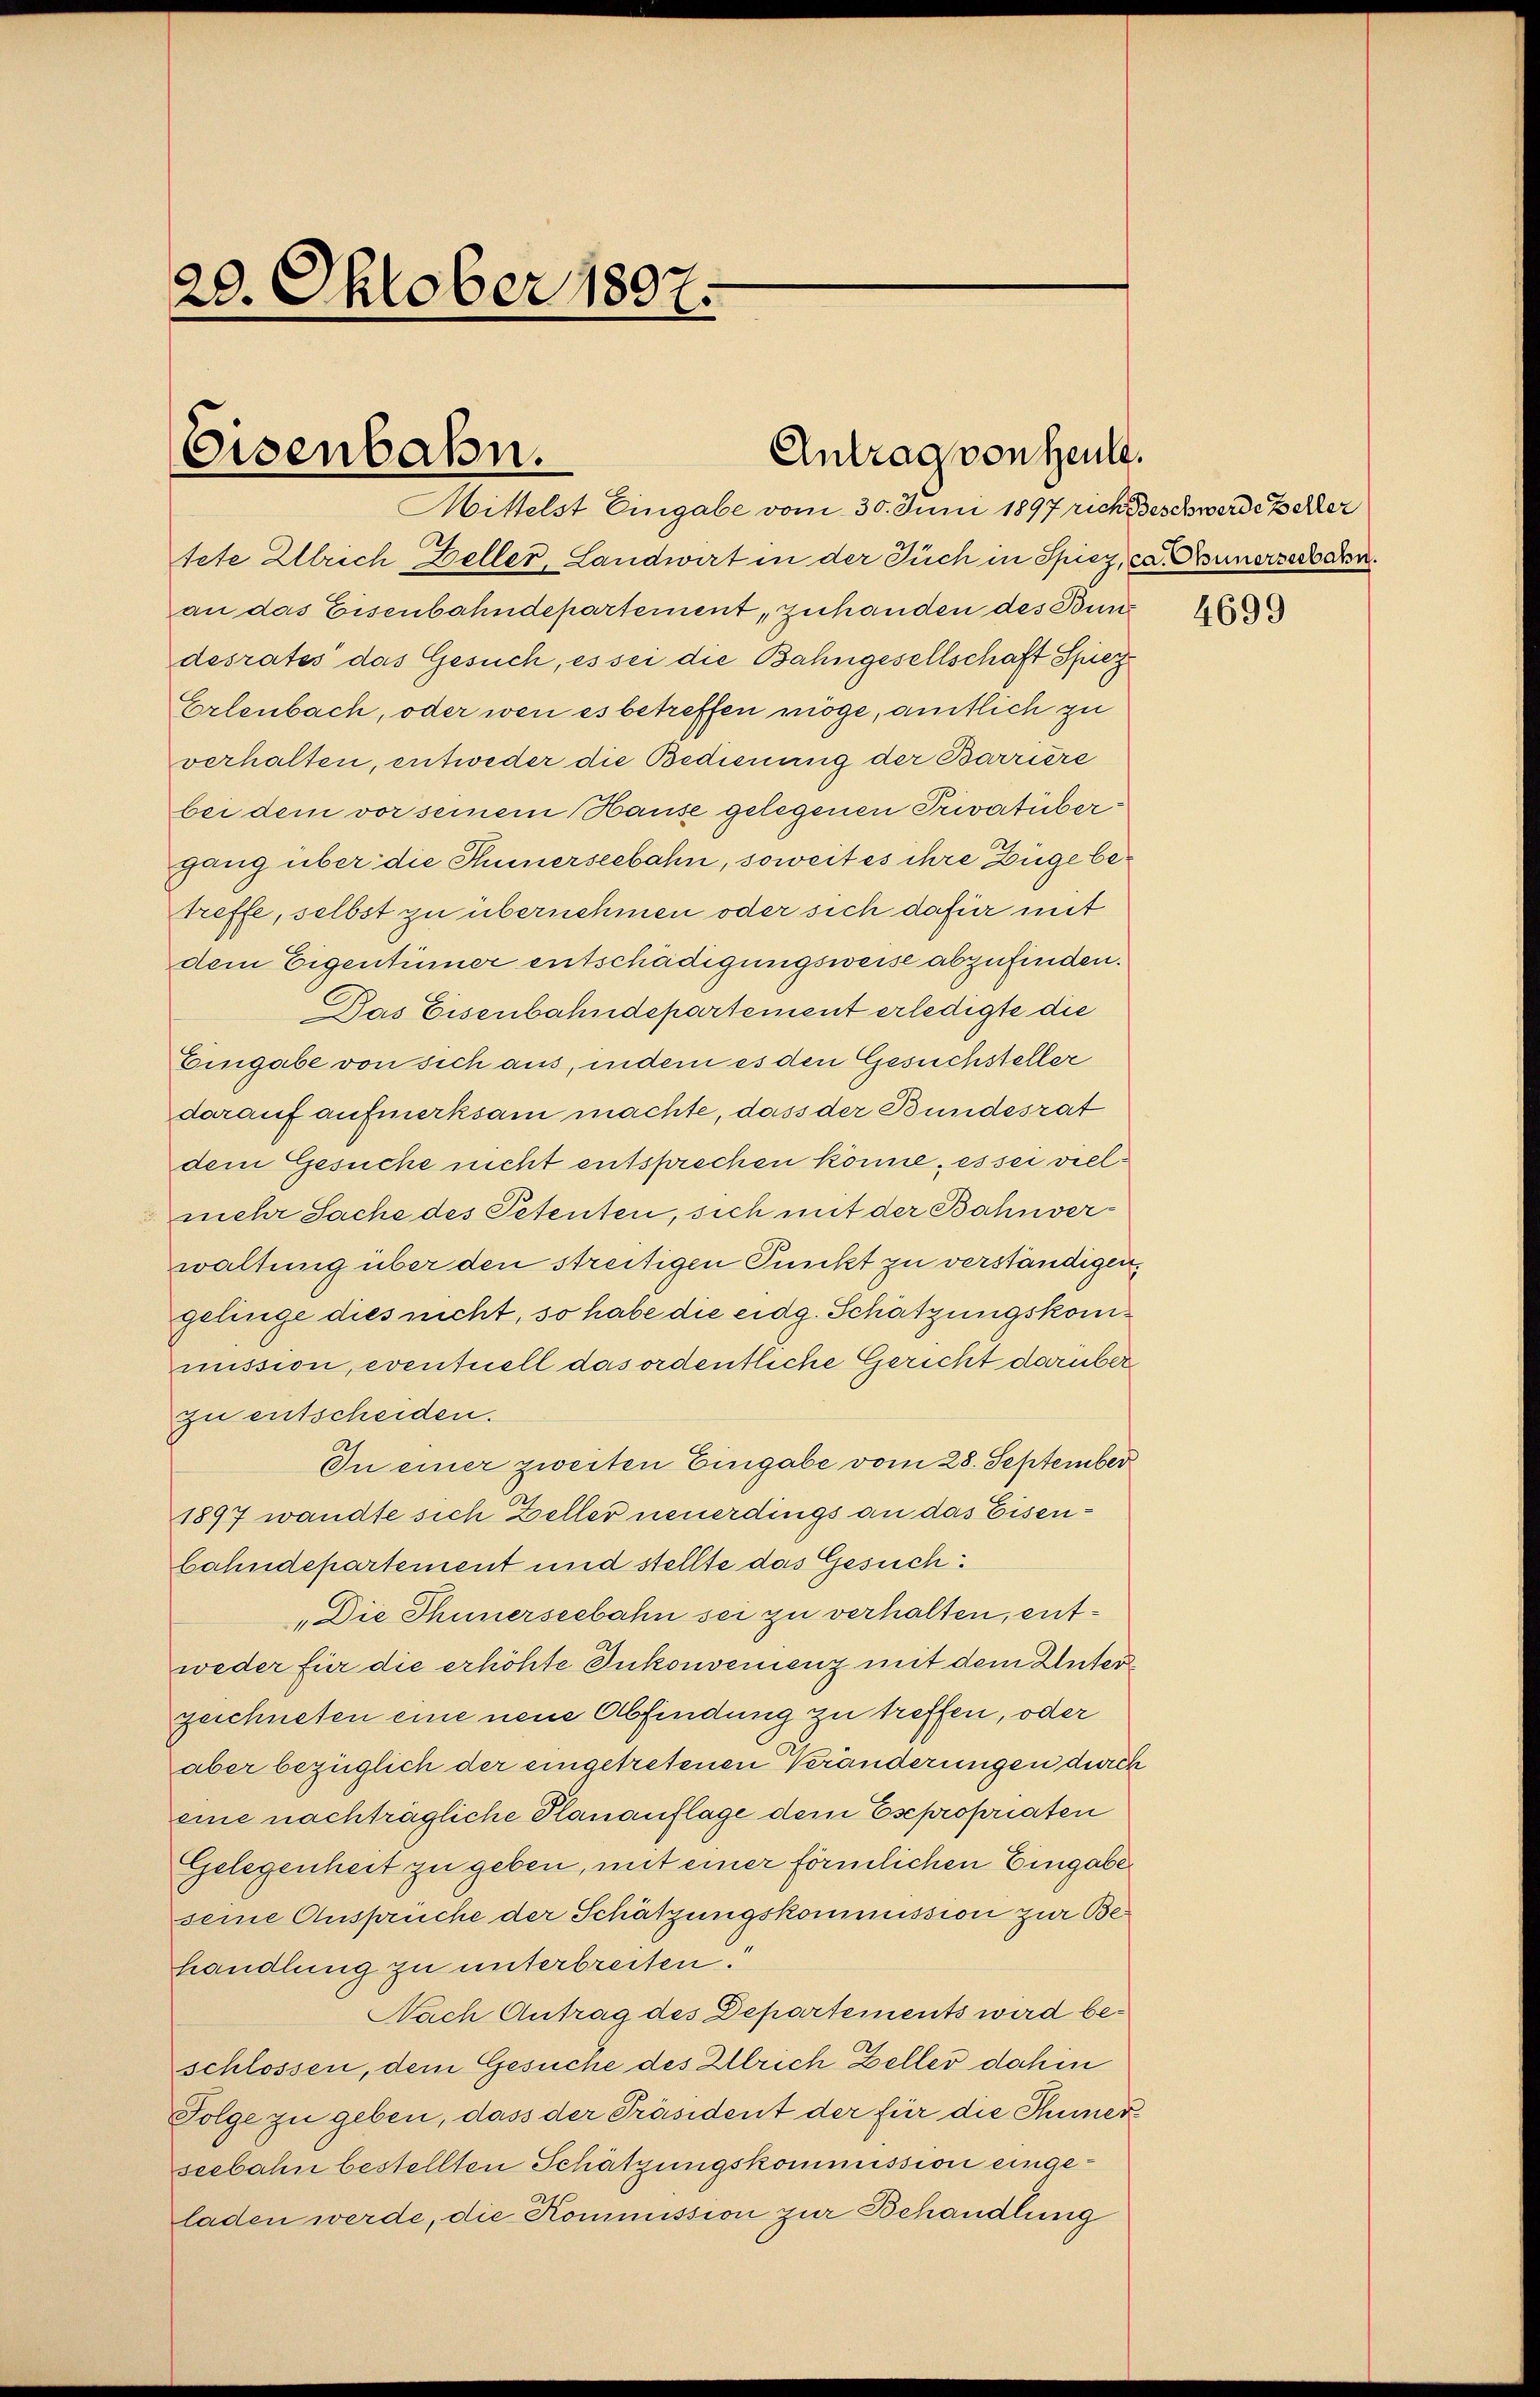
20. Oktober 1807.

Eisenbahn.

Antrag von Heute.

Mittelst Eingabe vom 30. Juni 1897 rich Beschwerde Beller
tete Ullrich Beller, Landwirt in der Füch in Spiez, ca Funerserbaren.
an das Eisenbahndepartement, zuhanden des Bund
desrates das Gesuch, es sei die Bahngesellschaft Spiez
Erlenbach, oder wen es betreffen möge, amtlich zu
verhalten, entweder die Bedienung der Barriere
bei dem vor seinem Hause gelegenen Privatübergang über die Hünerseebahn, soweit es ihre Züge betreffe, selbst zu übernehmen oder sich dafür mit
dem Eigentümer entschädigungsweise abzufinden.
Das Eisenbahndepartement erledigte die
Eingabe von sich aus, indem es den Gesuchsteller
darauf aufmerksam machte, dass der Bundesrat
dem Gesuche nicht entsprechen könne, es sei vielmehr Sache des Petenten, sich mit der Bahnverwaltung über den streitigen Punkt zu verständigen.
gelinge dies nicht, so habe die eidg. Schätzungskommission, eventuell das ordentliche Gericht darüber
zu entscheiden.
In einer zweiten Eingabe vom 28. September
1897 wandte sich Zeller neuerdings an das Eisenbahndepartement und stellte das Gesuch:
„Die Thunerseebahn sei zu verhalten, entweder für die erhöhte Inkonvenienz mit dem Unterzeichneten eine neue Abfindung zu treffen, oder
aber bezüglich der eingetretenen Veränderungen durch
eine nachträgliche Planauflage dem Esepropriaten
Gelegenheit zu geben, mit einer förmlichen Eingabe
seine Anspruche der Schätzungskommission zur Behandlung zu unterbreiten.
Nach Antrag des Departements wird beschlossen, dem Gesuche des Illrich Zeller dahin
Folge zu geben, dass der Präsident der für die Thuner
seebahn bestellten Schätzungskommission eingeladen werde, die Kommission zur Behandlung

4699